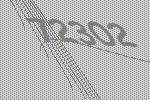
72302